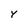
Character: Y